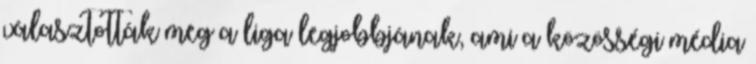
választották meg a liga legjobbjának, ami a közösségi média